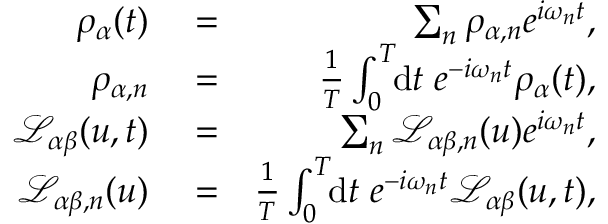
\begin{array} { r l r } { \rho _ { \alpha } ( t ) } & { { } = } & { \sum _ { n } \rho _ { \alpha , n } e ^ { i \omega _ { n } t } , } \\ { \rho _ { \alpha , n } } & { { } = } & { \frac { 1 } { T } \int _ { 0 } ^ { T } \! \! \mathrm { d } t \; e ^ { - i \omega _ { n } t } \rho _ { \alpha } ( t ) , } \\ { \mathcal { L } _ { \alpha \beta } ( u , t ) } & { { } = } & { \sum _ { n } \mathcal { L } _ { \alpha \beta , n } ( u ) e ^ { i \omega _ { n } t } , } \\ { \mathcal { L } _ { \alpha \beta , n } ( u ) } & { { } = } & { \frac { 1 } { T } \int _ { 0 } ^ { T } \! \! \mathrm { d } t \; e ^ { - i \omega _ { n } t } \mathcal { L } _ { \alpha \beta } ( u , t ) , } \end{array}